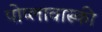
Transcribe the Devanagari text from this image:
पोप्लावास्की